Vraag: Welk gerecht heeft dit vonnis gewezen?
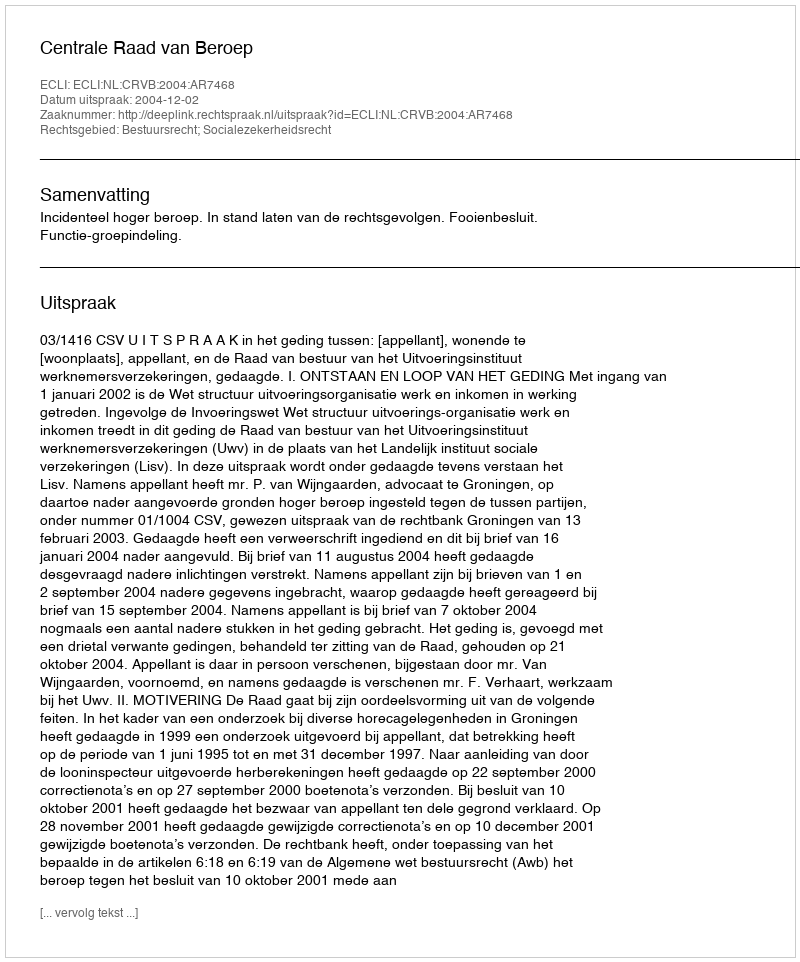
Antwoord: Centrale Raad van Beroep